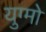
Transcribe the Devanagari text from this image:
युग्मो